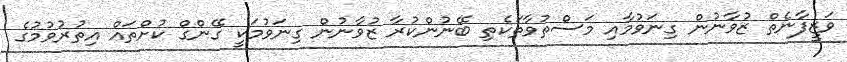
ވަޒީފާނެތް ޒުވާނުން ގިނަވުމާއި މަސްތުވާތަކެތި ބޭނުންކުރާ ޒުވާނުން ގިނަވުމަކީ ގޭންގް ކުށްތައް އިތުރުވުމުގެ